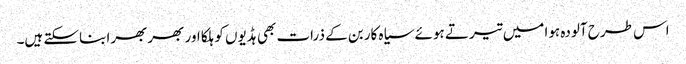
اس طرح آلودہ ہوا میں تیرتے ہوئے سیاہ کاربن کے ذرات بھی ہڈیوں کو ہلکا اور بھربھرا بناسکتے ہیں۔